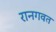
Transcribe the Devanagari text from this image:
रानगवत